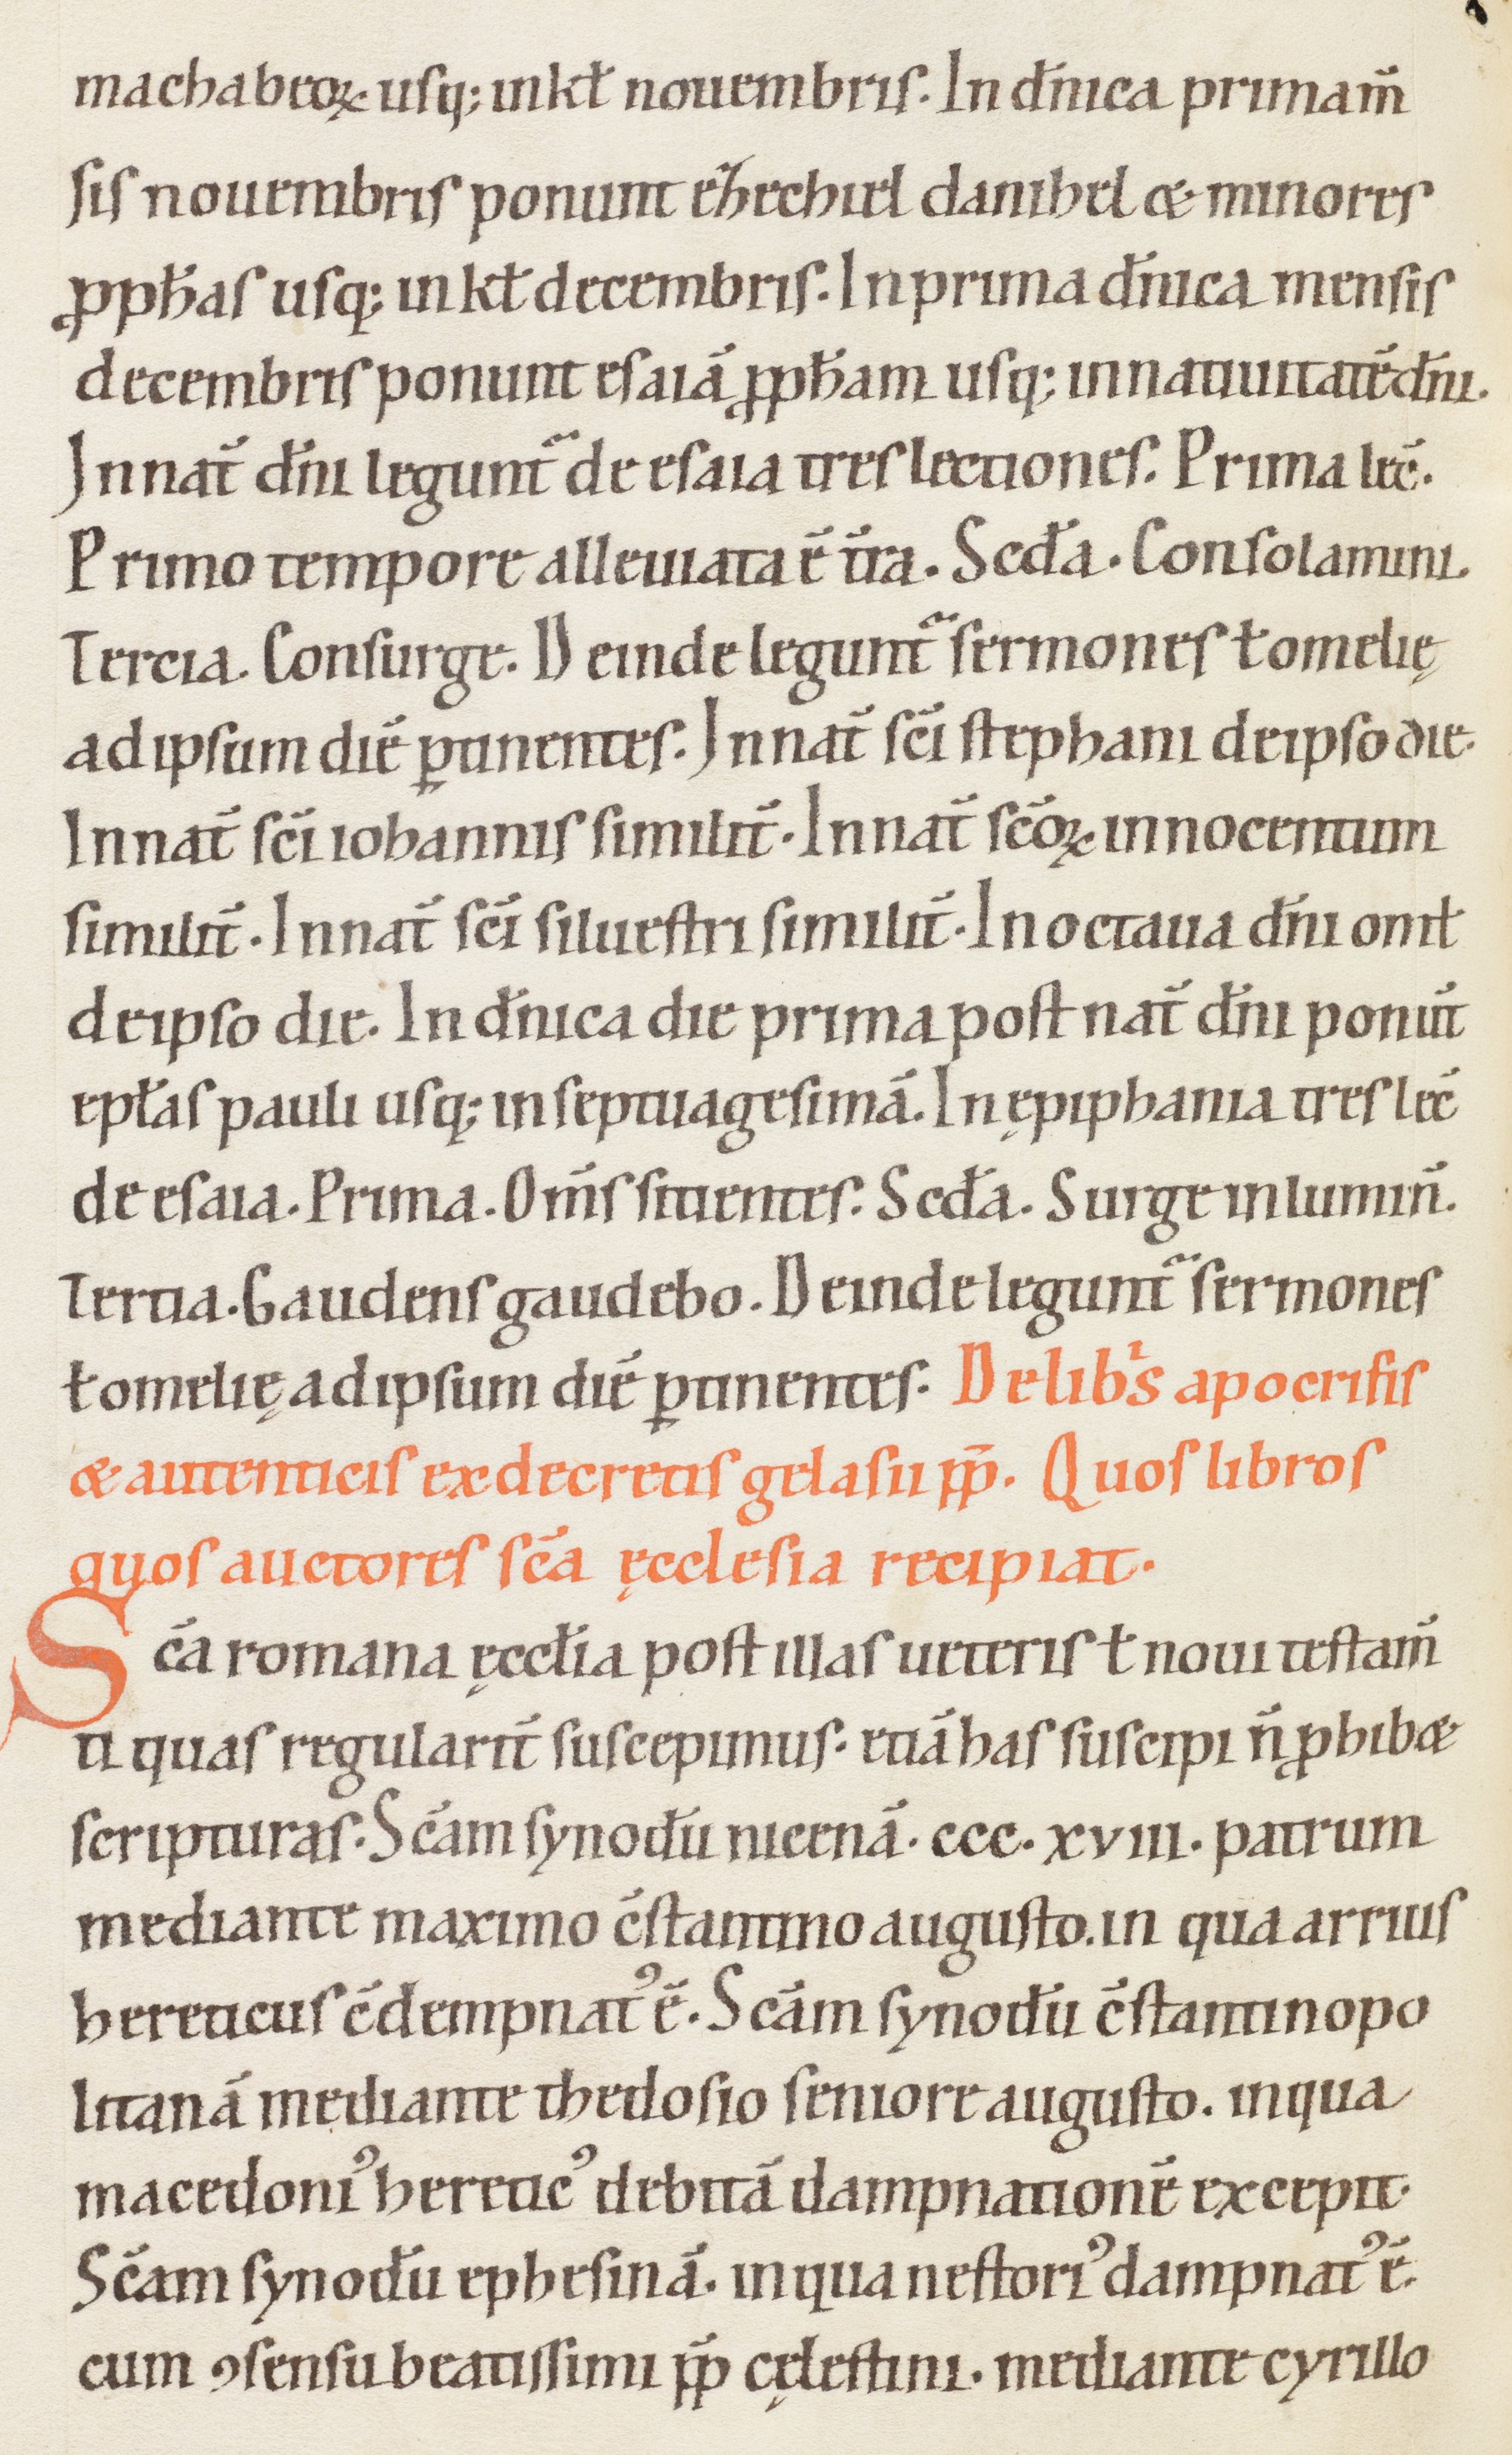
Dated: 1100–1199